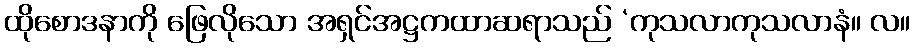
ထိုစောဒနာကို ဖြေလိုသော အရှင်အဋ္ဌကထာဆရာသည် ‘ကုသလာကုသလာနံ။ လ။